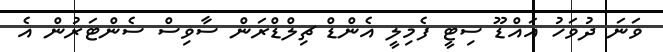
ވަނަ ދުވަހު އައްޑޫ ސިޓީ ފެމިލީ އެންޑް ޗިލްޑްރަން ސާވިސް ސެންޓަރުން އެ